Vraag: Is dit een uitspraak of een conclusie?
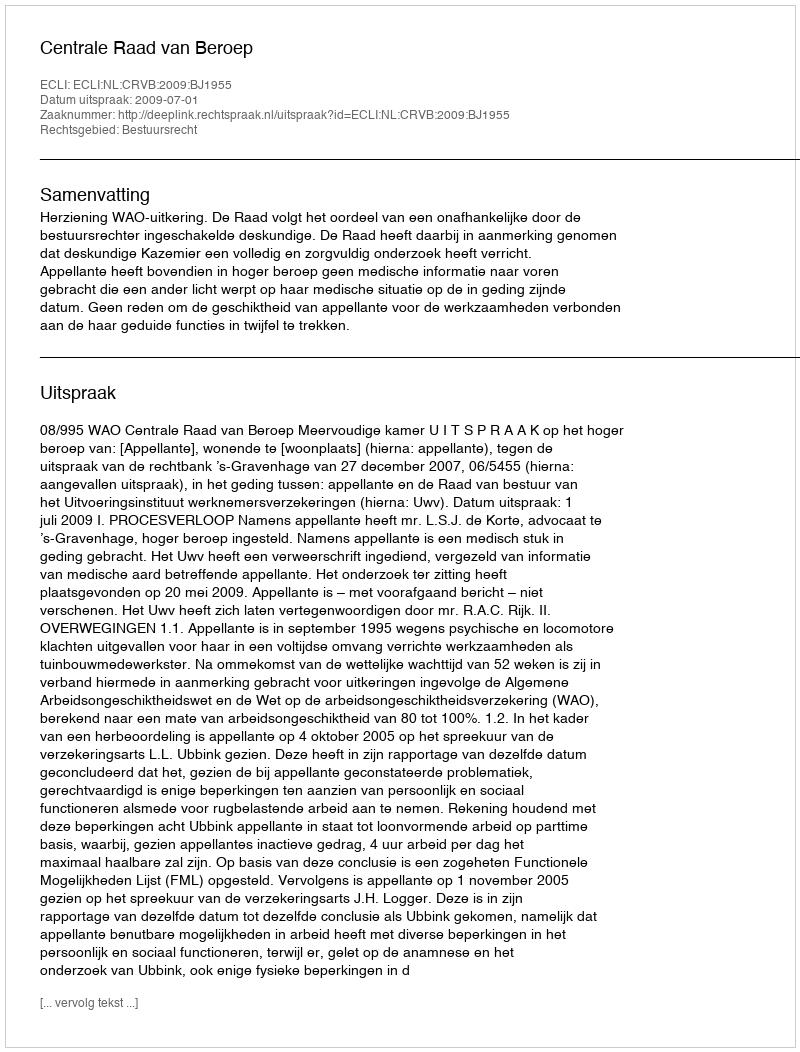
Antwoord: Uitspraak